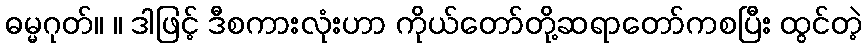
ဓမ္မဂုတ်။ ။ ဒါဖြင့် ဒီစကားလုံးဟာ ကိုယ်တော်တို့ဆရာတော်ကစပြီး ထွင်တဲ့